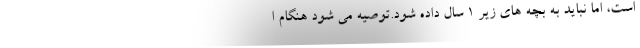
است، اما نباید به بچه های زیر 1 سال داده شود.توصیه می شود هنگام ا